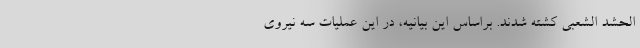
الحشد الشعبی کشته شدند. براساس این بیانیه، در این عملیات سه نیروی